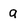
Character: a